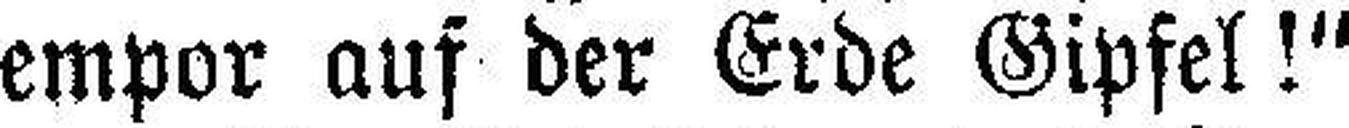
empor auf der Erde Gipfel!"